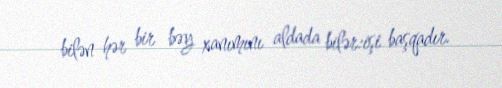
bilən hər bir bəy xanımını aldada bilər:işi başqadır.